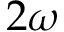
2 \omega